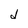
Character: d